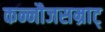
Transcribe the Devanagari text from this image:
कन्नौजसम्राट्